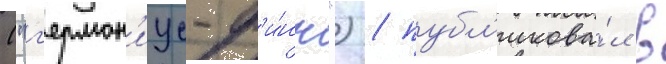
("г'ермон'иус-ф'и́нн") / публ'икова́л в